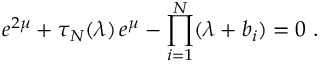
e ^ { 2 \mu } + \tau _ { N } ( \lambda ) \, e ^ { \mu } - \prod _ { i = 1 } ^ { N } ( \lambda + b _ { i } ) = 0 ~ .